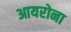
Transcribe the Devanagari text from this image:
आयरोना